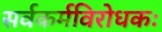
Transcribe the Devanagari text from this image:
सर्वकर्मविरोधकः